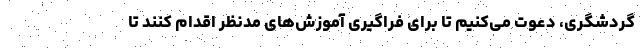
گردشگری، دعوت می‌کنیم تا برای فراگیری آموزش‌های مدنظر اقدام کنند تا